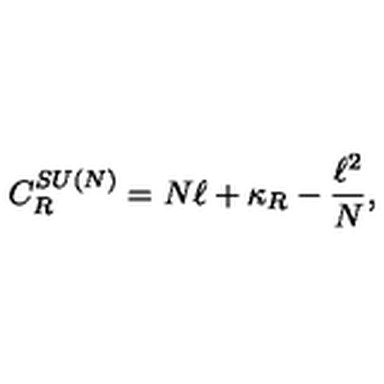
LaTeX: C _ { R } ^ { S U ( N ) } = N \ell + \kappa _ { R } - { \frac { \ell ^ { 2 } } { N } } ,